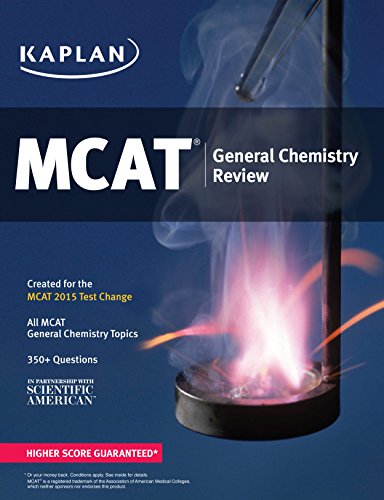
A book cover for Kaplan MCAT General Chemistry Review: Created for MCAT 2015 (Kaplan Test Prep); Kaplan; Test Preparation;